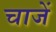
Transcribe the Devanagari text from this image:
चाजें